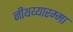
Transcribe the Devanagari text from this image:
नीथय्यारम्मा